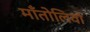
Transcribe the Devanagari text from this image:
माँतोलिवो